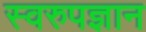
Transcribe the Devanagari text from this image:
स्वरुपज्ञान